Vaccination Hyderabad 1872-1889 - 1872-1889
Year: 1872
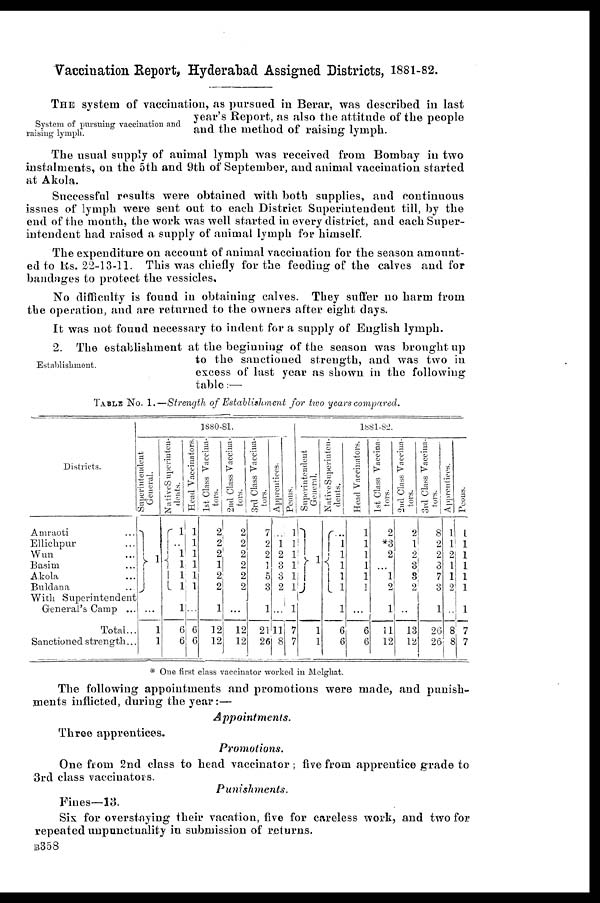
Vaccination Report, Hyderabad Assigned Districts, 1881-82.
System of pursuing vaccination and
raising lymph.
THE system of vaccination, as pursued in Berar, was described in last
year's Report, as also the attitude of the people
and the method of raising lymph.
The usual supply of animal lymph was received from Bombay in two
instalments, on the 5th and 9th of September, and animal vaccination started
at Akola.
Successful results were obtained with both supplies, and continuous
issues of lymph were sent out to each District Superintendent till, by the
end of the month, the work was well started in every district, and each Super-
intendent had raised a supply of animal lymph for himself.
The expenditure on account of animal vaccination for the season amount-
ed to Rs. 22-13-11. This was chiefly for the feeding of the calves and for
bandages to protect the vessicles.
No difficulty is found in obtaining calves. They suffer no harm from
the operation, and are returned to the owners after eight days.
It was not found necessary to indent for a supply of English lymph.
Establishment.
2. The establishment at the beginning of the season was brought up
to the sanctioned strength, and was two in
excess of last year as shown in the following
table:—
TABLE No. 1.—Strength of Establishment
for two years
compared.
Districts.
Amraoti ...
Ellichpur ...
Wun ...
Basim ...
Akola ...
Buldana ...
With Superintendent
General's Camp ...
Total...
Sanctioned strength...
1880-81.
Superintendent
General.
1
...
1
1
Native Superinten¬
dents.
1
..
1
1
1
1
1
6
6
Head Vaccinators.
1
1
1
1
1
1
...
6
6
1st Class Vaccina-
tors.
2
2
2
1
2
2
1
12
12
2nd Class Vaccina-
tors.
2
2
2
2
2
2
...
12
12
3rd Class Vaccina-
tors.
7
2
2
1
5
3
1
21
26
Apprentices.
...
1
2
3
3
2
...
11
8
Peons.
1
1
1
1
1
1
1
7
7
1881-82.
Superintendent
General.
1
1
1
Native Superinten-
dents.
...
1
1
1
1
1
1
6
6
Head Vaccinators.
1
1
1
1
1
1
...
6
6
1st Class Vaccina-
tors.
2
*3
2
...
1
2
1
11
12
2nd Class Vaccina-
tors.
2
1
2
3
3
2
...
13
12
3rd Class Vaccina-
tors.
8
2
2
3
7
3
1
26
26
Apprentices.
1
1
2
1
1
2
...
8
8
Peons.
1
1
1
1
1
1
1
7
7
* One first class vaccinator worked in Melghat.
The following appointments and promotions were made, and punish-
ments inflicted, during the year:—
Appointments.
Three apprentices.
Promotions.
One from 2nd class to head vaccinator; five from apprentice grade to
3rd class vaccinators.
Punishments.
Fines—13.
Six for overstaying their vacation, five for careless work, and two for
repeated unpunctuality in submission of returns.
B358